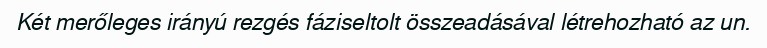
Két merőleges irányú rezgés fáziseltolt összeadásával létrehozható az un.